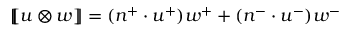
\left[ \! \! \left[ u \otimes w \right] \! \! \right] = ( n ^ { + } \cdot u ^ { + } ) w ^ { + } + ( n ^ { - } \cdot u ^ { - } ) w ^ { - }